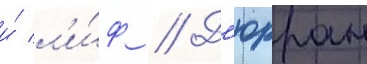
и́ л'и́ф // Д'юрран